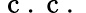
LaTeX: \mathrm{~c~.~c~.~}